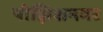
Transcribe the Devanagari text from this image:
पोझिशनवर